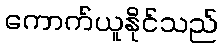
ကောက်ယူနိုင်သည်